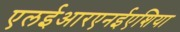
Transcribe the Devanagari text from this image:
एलईआरएनईएशिया